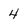
Character: 4